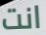
انت